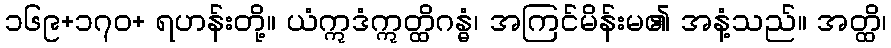
၁၆၉+၁၇၀+ ရဟန်းတို့။ ယံဣဒံဣတ္ထိဂန္ဓံ၊ အကြင်မိန်းမ၏ အနံ့သည်။ အတ္ထိ၊